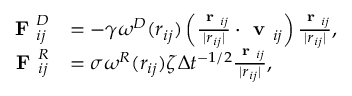
\begin{array} { r l } { \textbf { F } _ { i j } ^ { D } } & { = - \gamma \omega ^ { D } ( r _ { i j } ) \left( \frac { \textbf { r } _ { i j } } { | r _ { i j } | } \cdot \textbf { v } _ { i j } \right) \frac { \textbf { r } _ { i j } } { | r _ { i j } | } , } \\ { \textbf { F } _ { i j } ^ { R } } & { = \sigma \omega ^ { R } ( r _ { i j } ) \zeta \Delta t ^ { - 1 / 2 } \frac { \textbf { r } _ { i j } } { | r _ { i j } | } , } \end{array}